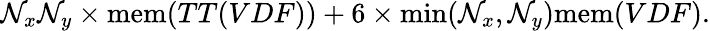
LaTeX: \mathcal{N}_{x}\mathcal{N}_{y}\times\mathrm{{mem}}(TT(VDF))+6\times\mathrm{{min}}(\mathcal{N}_{x},\mathcal{N}_{y})\mathrm{{mem}}(VDF).